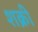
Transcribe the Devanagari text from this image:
शक्री